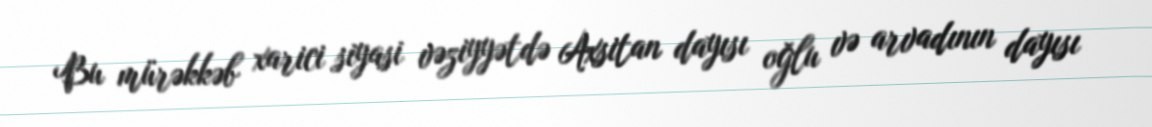
Bu mürəkkəb xarici siyasi vəziyyətdə Axsitan dayısı oğlu və arvadının dayısı